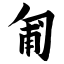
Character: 匍